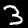
Label: 3